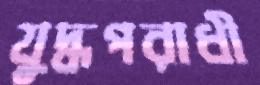
যুদ্ধপরাধী